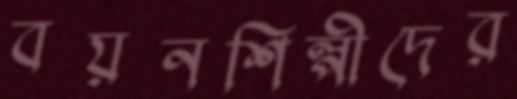
বয়নশিল্পীদের